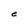
Character: e